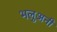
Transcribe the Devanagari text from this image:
भलुअनी